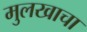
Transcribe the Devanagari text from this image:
मुलखाचा